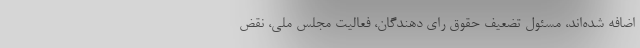
اضافه شده‌اند، مسئول تضعیف حقوق رای دهندگان، فعالیت مجلس ملی، نقض